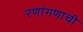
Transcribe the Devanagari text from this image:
रणांगणाची